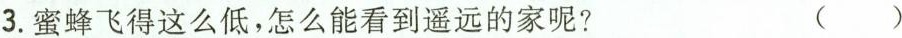
3.蜜蜂飞得这么低，怎么能看到遥远的家呢? ( )